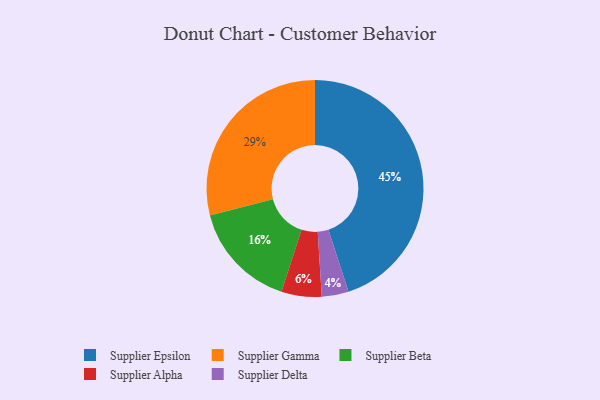
{"axis": {"x": "Category", "y": "Percentage"}, "legend": ["Supplier Alpha", "Supplier Beta", "Supplier Delta", "Supplier Epsilon", "Supplier Gamma"], "data": [{"x": "Supplier Alpha", "y": 6, "type": "Supplier Alpha"}, {"x": "Supplier Epsilon", "y": 45, "type": "Supplier Epsilon"}, {"x": "Supplier Gamma", "y": 29, "type": "Supplier Gamma"}, {"x": "Supplier Beta", "y": 16, "type": "Supplier Beta"}, {"x": "Supplier Delta", "y": 4, "type": "Supplier Delta"}]}